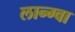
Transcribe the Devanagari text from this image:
लान्ग्वा